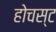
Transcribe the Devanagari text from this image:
होचस्ट